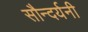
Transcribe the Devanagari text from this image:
सौन्दर्यनी